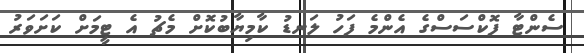
ސެންޓާ ފޮކްސަސްގެ އެންމެ ފަހު ލަނޑު ކާމިޔާބުކޮށް މެޗު އެ ޓީމަށް ކަށަވަރު